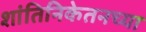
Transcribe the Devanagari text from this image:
शांतिनिकेतनच्या